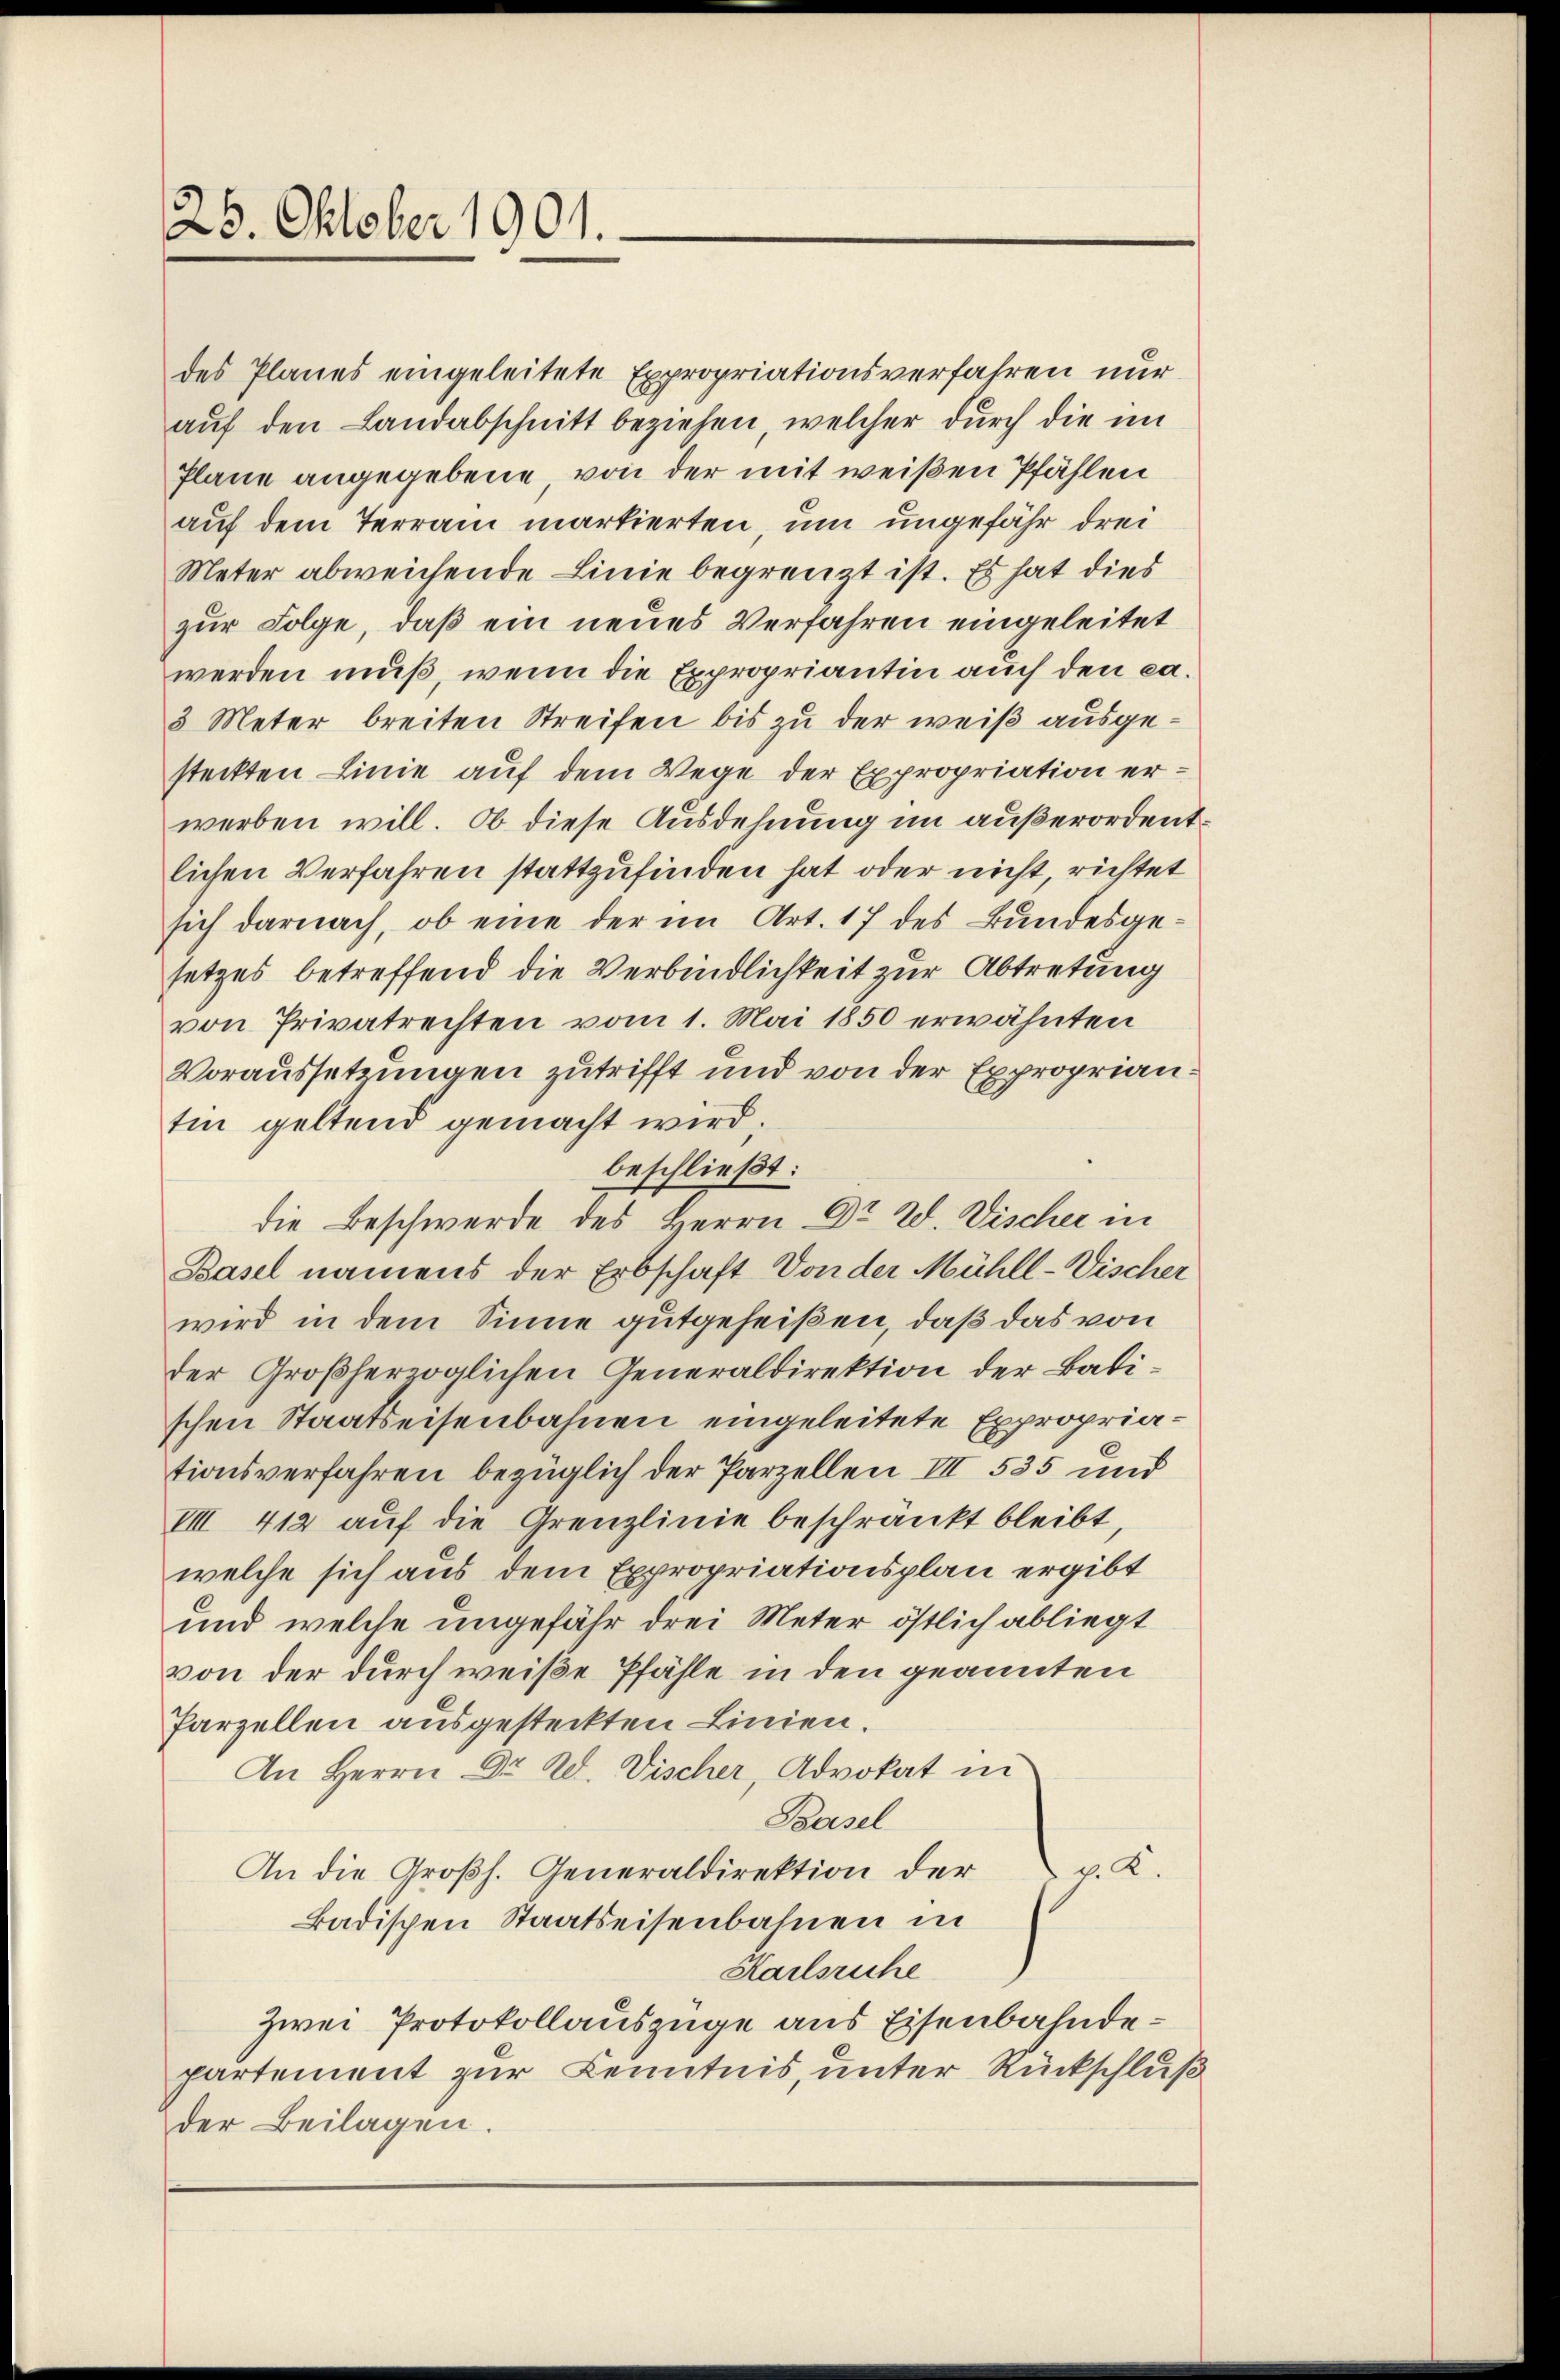
26. Oktober 1901.

des Planes eingeleitete Expropriationsverfahren nur
auf den Landabschnitt beziehen, welcher durch die im
Plane angegebene, von der mit weißen Pfählen
auf dem Terrain markierten, um ungefähr drei
Meter abweichende Linie begrenzt ist. Es hat dies
zur Folge, daß ein neues Verfahren eingeleitet
werden muß, wenn die Expropriantin auch den ca.
3 Meter breiten Streifen bis zu der weiß ausgesteckten Linie auf dem Wege der Expropriation erwerben will. Ob diese Ausdehnung im außerordentlichen Verfahren stattzufinden hat oder nicht, richtet
sich darnach, ob eine der im Art. 17 des Bundesgesetzes betreffend die Verbindlichkeit zur Abtretung
von Privatrechten vom 1. Mai 1850 erwähnten
Voraussetzungen zutrifft und von der Expropriantin geltend gemacht wird.
beschließt:
die Beschwerde des Herrn Dr. W. Vischer in
Basel namens der Erbschaft Von der Mühll-Vischer
wird in dem Sinne gutgeheißen, daß das von
der Großherzoglichen Generaldirektion der Batischen Staatseisenbahnen eingeleitete Expropriationsverfahren bezüglich der Parzellen III 535 und
VIII 412 auf die Grenzlinie beschränkt bleibt,
welche sich aus dem Expropriationsplan ergibt
und welche ungefähr drei Meter östlich abliegt
von der durch weiße Pfähle in den geannten
Parzellen ausgesteckten Linien.
An Herrn Dr. Bd. Vischer, Advokat in
Paasel
An die Großh. Generaldirektion der v. K.
Badischen Staatseisenbahnen in
Karlsruhe
Zwei Protokollauszüge aus Eisenbahndepartement zur Kenntnis, unter Rückschluß
der Beilagen.